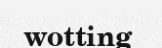
wotting